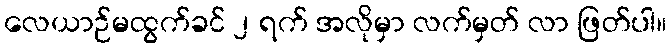
လေယာဉ်မထွက်ခင် ၂ ရက် အလိုမှာ လက်မှတ် လာ ဖြတ်ပါ။